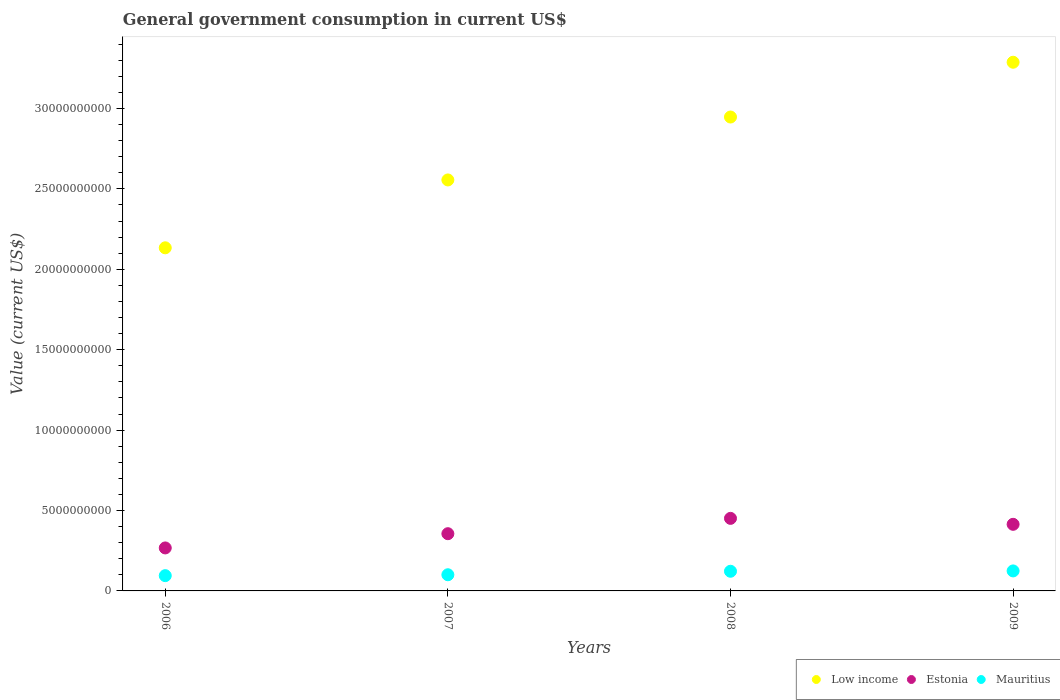
| Years | Low income | Estonia | Mauritius |
 | --- | --- | --- | --- |
 | 2006 | 2.13e+10 | 2.67e+09 | 9.5e+08 |
 | 2007 | 2.56e+10 | 3.56e+09 | 1.01e+09 |
 | 2008 | 2.95e+10 | 4.51e+09 | 1.22e+09 |
 | 2009 | 3.29e+10 | 4.14e+09 | 1.24e+09 |